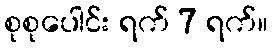
စုစုပေါင်း ရက် 7 ရက်။